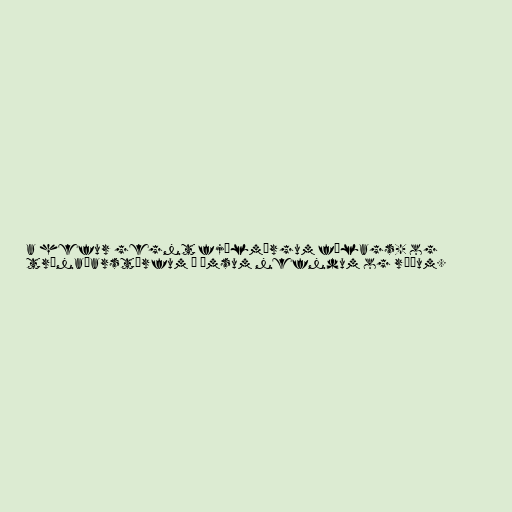
a hefur gegnt fjölmörgum félags- og
trúnaðarstörfum í ýmsum nefndum og ráðum.